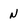
Character: N